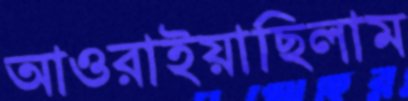
আওরাইয়াছিলাম